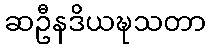
ဆဦနဒိယဍ္ဎသတာ